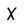
Character: X